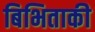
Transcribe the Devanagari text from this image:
बिभिताकी